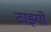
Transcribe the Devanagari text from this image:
टाइयो